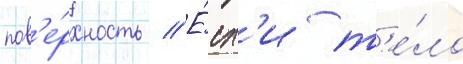
пов'е́рхность // Е́сл'и т'е́ло